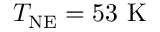
T _ { \mathrm { N E } } = 5 3 \ \mathrm { K }